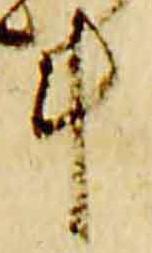
斗